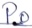
Text: P0